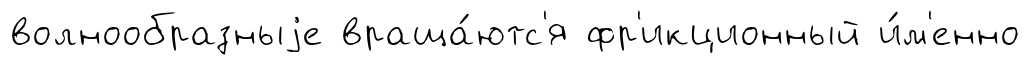
волнообразныjе враща́ютс'я фр'икционный и́м'енно